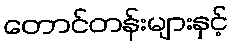
တောင်တန်းများနှင့်